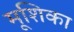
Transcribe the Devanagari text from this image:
मूशिका